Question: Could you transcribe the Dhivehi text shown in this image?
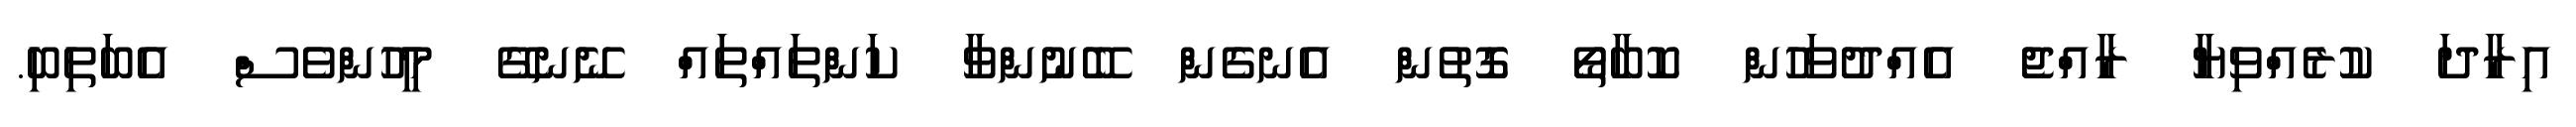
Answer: އިރާދަ ކުރެއްވިޔާ ރާއްޖެ އެއްދުވަހުން ކޮބާތޯ ގޮތުން އެނގެން ބޭނުންވާ ކަންތައްތައް ނޭނގޭ މީހުންވެސް އެބަތިބި.